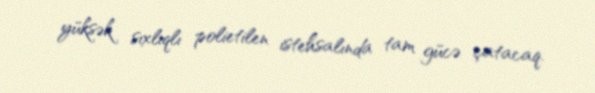
yüksək sıxlıqlı polietilen istehsalında tam gücə çatacaq.